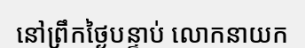
នៅព្រឹកថ្ងៃបន្ទាប់ លោកនាយក